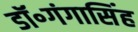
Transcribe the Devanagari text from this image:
डॉ॰गंगासिंह